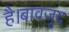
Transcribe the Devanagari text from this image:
है।बावजूद